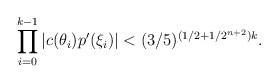
\begin{align*}\prod \limits^{k-1}_{i = 0} |c(\theta_i)p'(\xi_i)| < (3/5)^{(1/2 + 1/2^{n+2})k}.\end{align*}